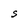
Character: S